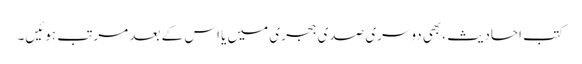
کتب احادیث ،بھی دوسری صدی ہجری میں یا اس کے بعد مرتب ہوئیں۔